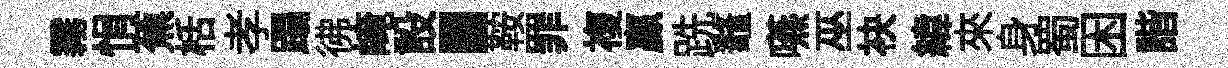
霧悁蕉栝孝蹋彿崦設·鞍罪複贏跣鼇嚥巫袂緯來身蜀困諧